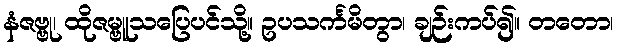
နံဇဗ္ဗု၊ ထိုဇမ္ဗူသပြေပင်သို့။ ဥပသင်္ကမိတွာ၊ ချဉ်းကပ်၍။ တတော၊